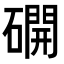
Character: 𥖆